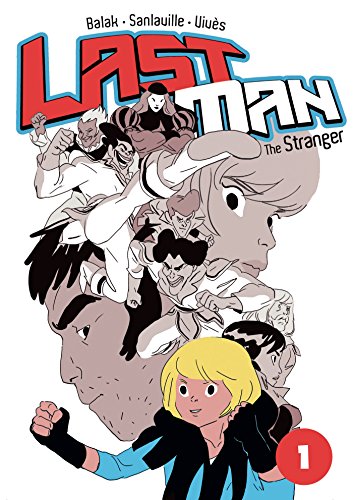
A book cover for The Stranger (Last Man); Bastien VivÃ¨s; Literature & Fiction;